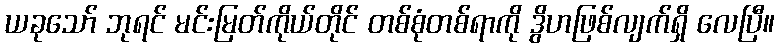
ယခုသော် ဘုရင် မင်းမြတ်ကိုယ်တိုင် တစ်စုံတစ်ရာကို ဒွိဟဖြစ်လျက်ရှိ လေပြီ။